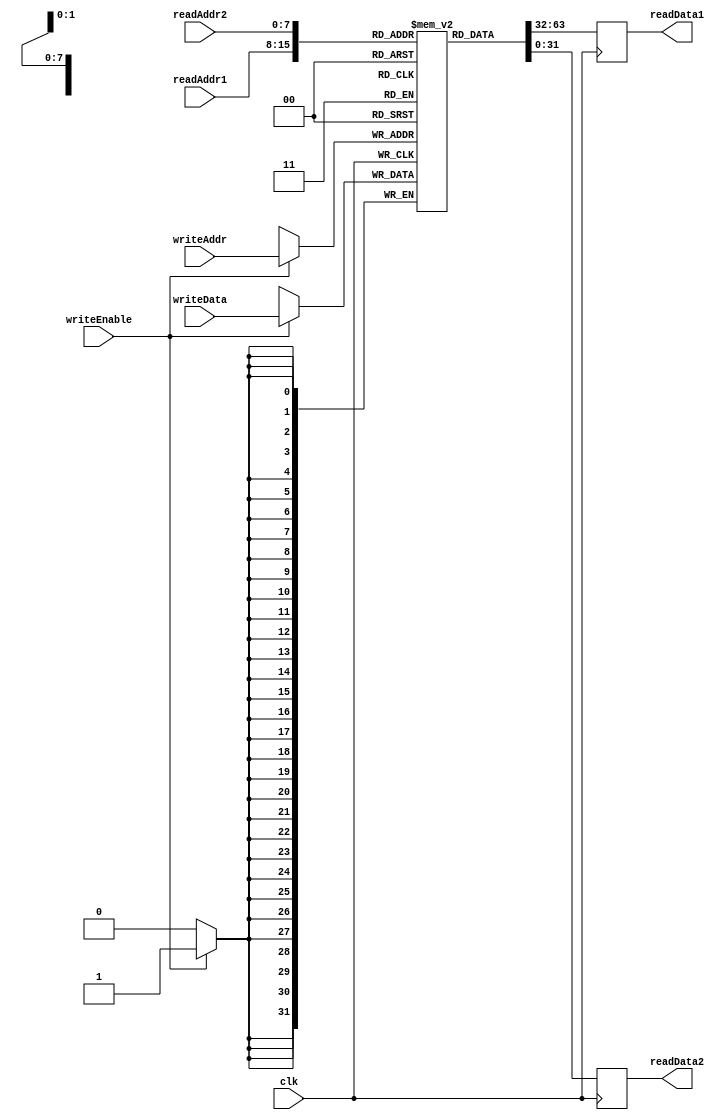
module RegisterFile (
    input wire clk,
    input wire [7:0] readAddr1,
    input wire [7:0] readAddr2,
    input wire [7:0] writeAddr,
    input wire [31:0] writeData,
    input wire writeEnable,
    output reg [31:0] readData1,
    output reg [31:0] readData2
);

reg [31:0] registers [0:255];

always @(posedge clk) begin
    if (writeEnable) begin
        registers[writeAddr] <= writeData;
    end
    readData1 <= registers[readAddr1];
    readData2 <= registers[readAddr2];
end

endmodule